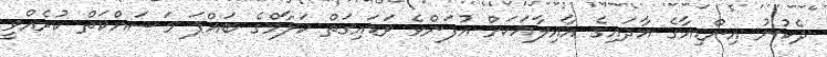
ދެކުނު އިންޑިއާގެ އާދައިގެ އާއިލާއަކަށް އުފަންވެ ވަޑައިގަތް ކަލާމްގެ ބައްޕަ މަސައްކަތް ކުރެއްވީ